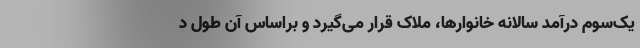
یک‌سوم درآمد سالانه خانوارها، ملاک قرار می‌گیرد و براساس آن طول د